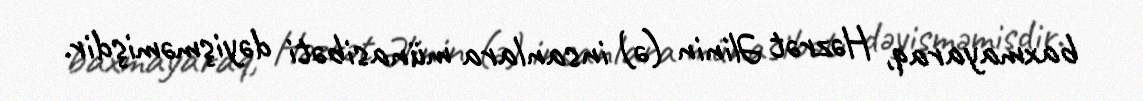
baxmayaraq, Həzrət Əlinin (ə) insanlara münasibəti dəyişməmişdir.